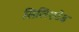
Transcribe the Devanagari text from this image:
सिलिएटेड